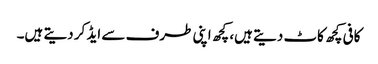
کافی کچھ کاٹ دیتے ہیں، کچھ اپنی طرف سے ایڈ کر دیتے ہیں۔